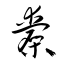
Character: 槖